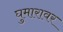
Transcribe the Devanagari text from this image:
घुमारावर